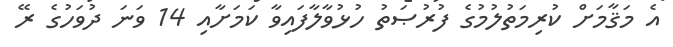
އެ މަޤާމަށް ކުރިމަތުލުމުގެ ފުރުޞަތު ހުޅުވާލާފައިވާ ކަމަށާއި 14 ވަނަ ދުވަހުގެ ރޭ